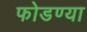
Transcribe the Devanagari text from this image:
फोडण्या